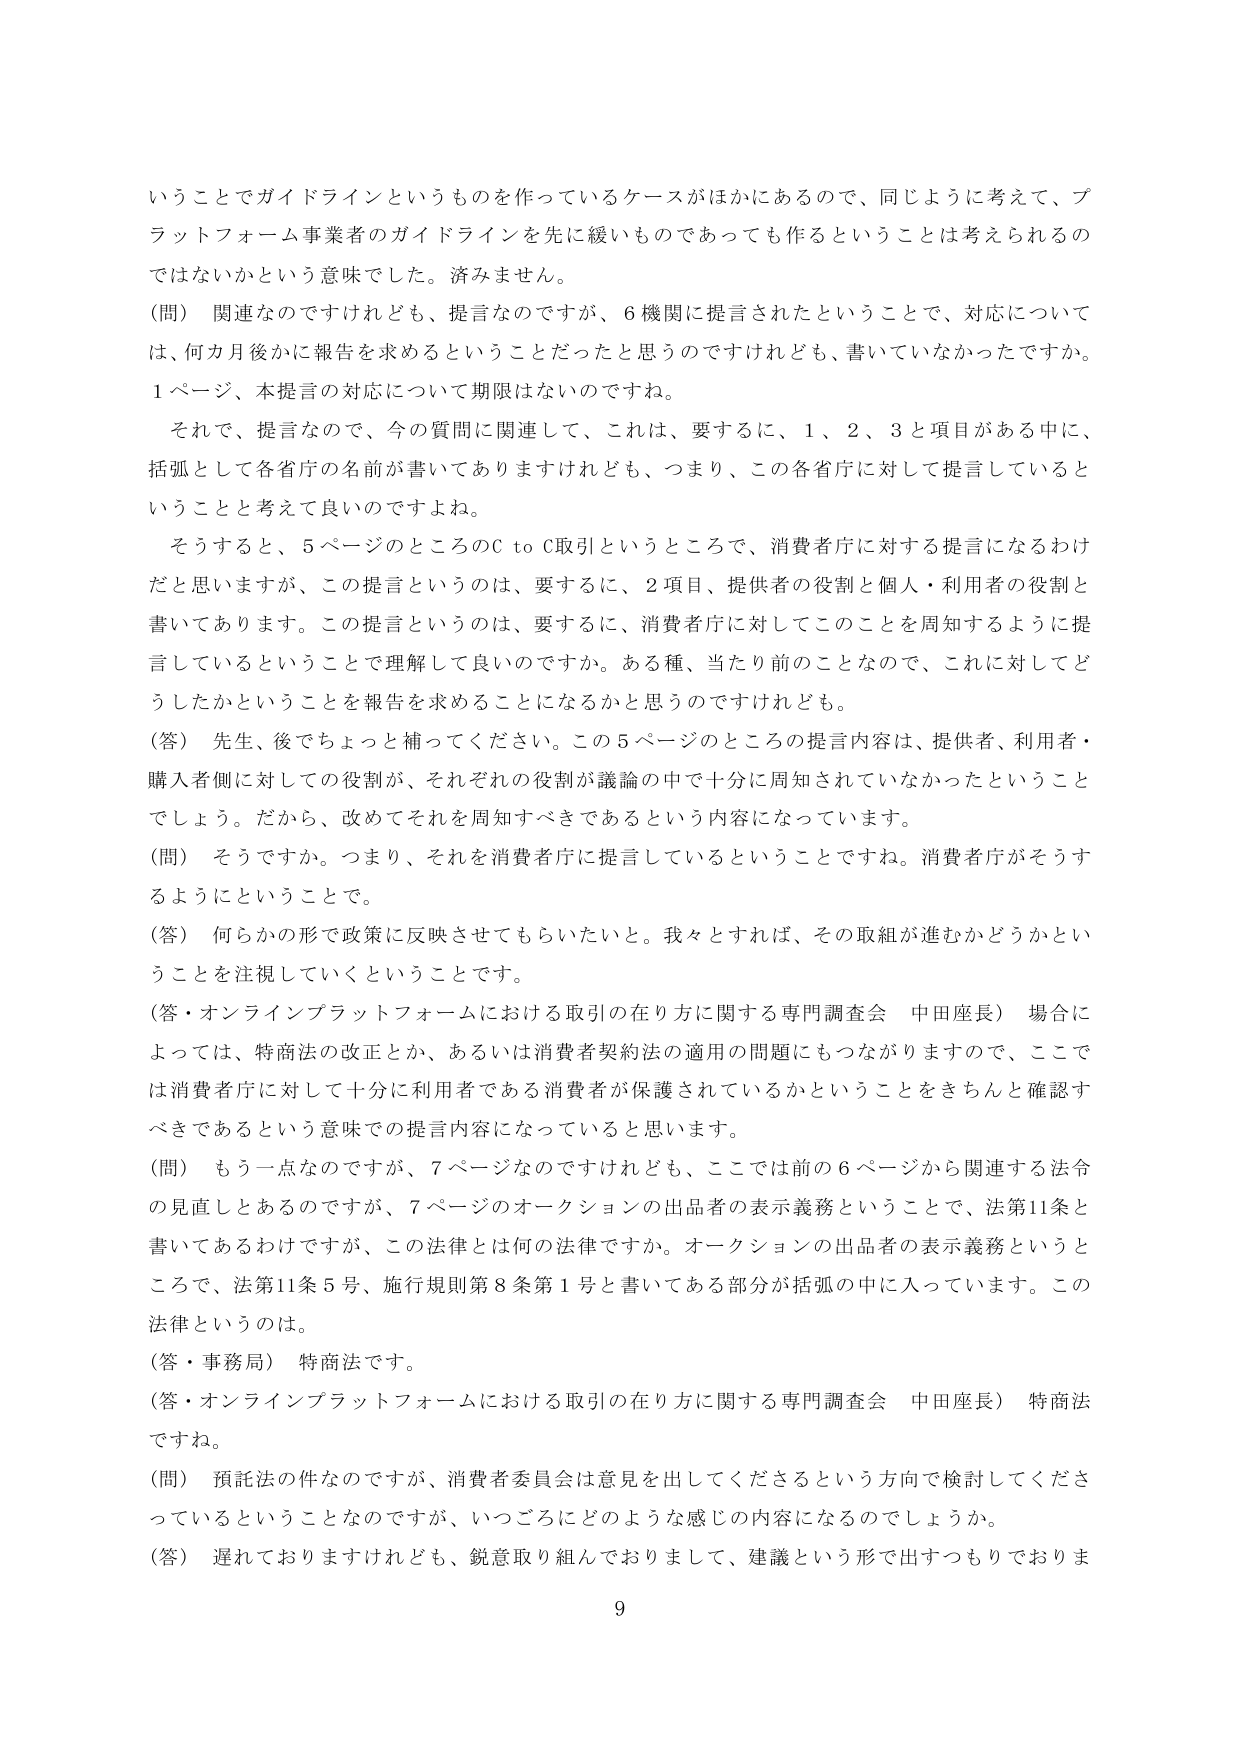
いうことでガイドラインというものを作っているケースがほかにあるので、同じように考えて、プラットフォーム事業者のガイドラインを先に緩いものであっても作るということは考えられるのではないかという意味でした。済みません。

（問） 関連なのですけれども、提言なのですが、6機関に提言されたということで、対応については、何カ月後かに報告を求めるということだったと思うのですけれども、書いていなかったですか。1ページ、本提言の対応について期限はないのですね。

　それでは、提言なので、今の質問に関連して、これは、要するに、1、2、3と項目がある中に、括弧として各省庁の名前が書いてありますけれども、つまり、この各省庁に対して提言しているということと考えて良いのですよね。

　そうすると、5ページのところのC to C取引というところで、消費者庁に対する提言になるわけだと思いますが、この提言というのは、要するに、2項目、提供者の役割と個人・利用者の役割と書いてあります。この提言というのは、要するに、消費者庁に対してこのことを周知するように提言しているということで理解して良いのですか。ある種、当たり前のことなので、これに対してどうしたかということを報告を求めることになるかと思うのですけれども。

（答） 先生、後でちょっと補ってください。この5ページのところの提言内容は、提供者、利用者・購入者側に対しての役割が、それぞれの役割が議論の中で十分に周知されていなかったということでしょう。だから、改めてそれを周知すべきであるという内容になっています。

（問） そうですか。つまり、それを消費者庁に提言しているということですね。消費者庁がそうするようにということで。

（答） 何らかの形で政策に反映させてもらいたいと。我々とすれば、その取組が進むかどうかということを注視していくということです。

（答・オンラインプラットフォームにおける取引の在り方に関する専門調査会 中田座長） 場合によっては、特商法の改正とか、あるいは消費者契約法の適用の問題にもつながりますので、ここでは消費者庁に対して十分に利用者である消費者が保護されているかということをきちんと確認すべきであるという意味での提言内容になっていると思います。

（問） もう一点なのですが、7ページなのですが、ここでは前の6ページから関連する法令の見直しとあるのですが、7ページのオークションの出品者の表示義務ということで、法第11条と書いてあるわけですが、この法律とは何の法律ですか。オークションの出品者の表示義務ということで、法第11条5号、施行規則第8条第1号と書いてある部分が括弧の中に入っています。この法律というのは。

（答・事務局） 特商法です。

（答・オンラインプラットフォームにおける取引の在り方に関する専門調査会 中田座長） 特商法ですね。

（問） 預託法の件なのですが、消費者委員会は意見を出してくださるという方向で検討してくださっているということなのですが、いつごろにどのような感じの内容になるのでしょうか。

（答） 遅れておりますけれども、鋭意取り組んでおりまして、建議という形で出すつもりでおりま

9